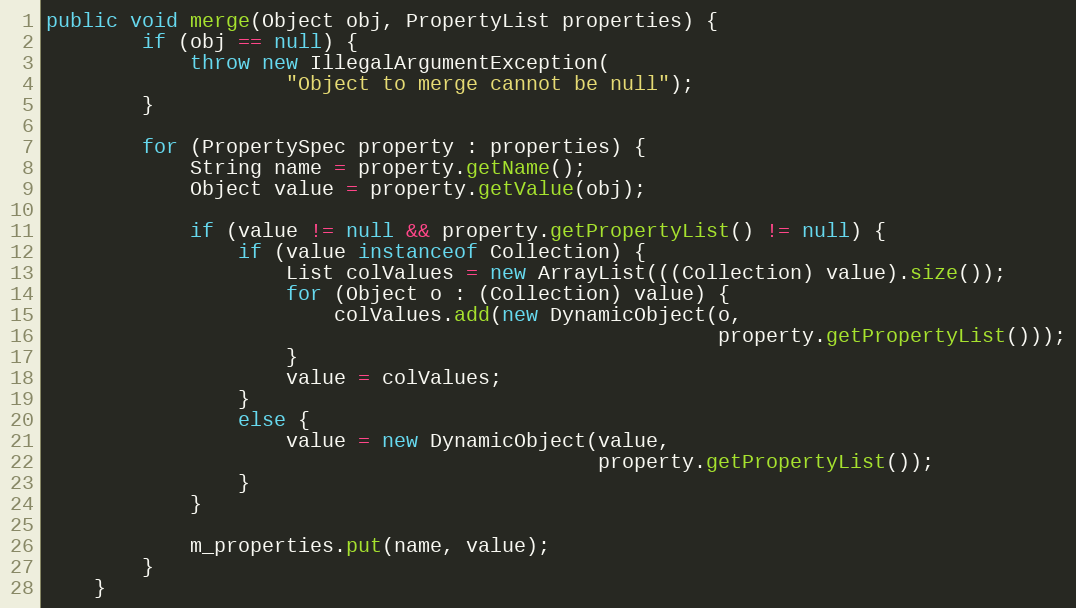
Language: Java
public void merge(Object obj, PropertyList properties) {
        if (obj == null) {
            throw new IllegalArgumentException(
                    "Object to merge cannot be null");
        }

        for (PropertySpec property : properties) {
            String name = property.getName();
            Object value = property.getValue(obj);

            if (value != null && property.getPropertyList() != null) {
                if (value instanceof Collection) {
                    List colValues = new ArrayList(((Collection) value).size());
                    for (Object o : (Collection) value) {
                        colValues.add(new DynamicObject(o,
                                                        property.getPropertyList()));
                    }
                    value = colValues;
                }
                else {
                    value = new DynamicObject(value,
                                              property.getPropertyList());
                }
            }

            m_properties.put(name, value);
        }
    }